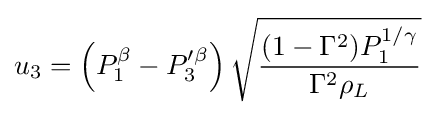
u_{3}=\left(P_{1}^{\beta }-P_{3}'^{\beta }\right){\sqrt {\frac {(1-\Gamma ^{2})P_{1}^{1/\gamma }}{\Gamma ^{2}\rho _{L}}}}